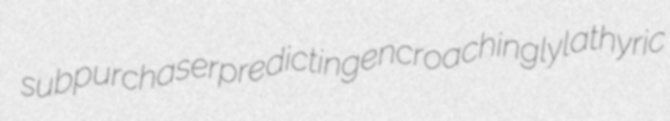
subpurchaser predicting encroachingly lathyric